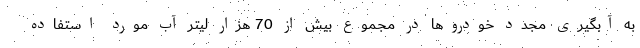
به آبگیری مجدد خودروها در مجموع بیش از 70 هزار لیتر آب مورد استفاده